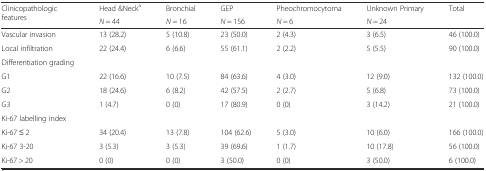
<table><thead><tr><td rowspan="2"><b>Clinicopathologic features</b></td><td><b>Head &amp;Neck<sup>a</sup></b></td><td><b>Bronchial</b></td><td><b>GEP</b></td><td><b>Pheochromocytoma</b></td><td><b>Unknown Primary</b></td><td rowspan="2"><b>Total</b></td></tr><tr><td><b><i>N</i> = 44</b></td><td><b><i>N</i> = 16</b></td><td><b><i>N</i> = 156</b></td><td><b><i>N</i> = 6</b></td><td><b><i>N</i> = 24</b></td></tr></thead><tbody><tr><td>Vascular invasion</td><td>13 (28.2)</td><td>5 (10.8)</td><td>23 (50.0)</td><td>2 (4.3)</td><td>3 (6.5)</td><td>46 (100.0)</td></tr><tr><td>Local infiltration</td><td>22 (24.4)</td><td>6 (6.6)</td><td>55 (61.1)</td><td>2 (2.2)</td><td>5 (5.5)</td><td>90 (100.0)</td></tr><tr><td>Differentiation grading</td><td>[EMPTY_CELL]</td><td>[EMPTY_CELL]</td><td>[EMPTY_CELL]</td><td>[EMPTY_CELL]</td><td>[EMPTY_CELL]</td><td>[EMPTY_CELL]</td></tr><tr><td>G1</td><td>22 (16.6)</td><td>10 (7.5)</td><td>84 (63.6)</td><td>4 (3.0)</td><td>12 (9.0)</td><td>132 (100.0)</td></tr><tr><td>G2</td><td>18 (24.6)</td><td>6 (8.2)</td><td>42 (57.5)</td><td>2 (2.7)</td><td>5 (6.8)</td><td>73 (100.0)</td></tr><tr><td>G3</td><td>1 (4.7)</td><td>0 (0)</td><td>17 (80.9)</td><td>0 (0)</td><td>3 (14.2)</td><td>21 (100.0)</td></tr><tr><td>Ki-67 labelling index</td><td>[EMPTY_CELL]</td><td>[EMPTY_CELL]</td><td>[EMPTY_CELL]</td><td>[EMPTY_CELL]</td><td>[EMPTY_CELL]</td><td>[EMPTY_CELL]</td></tr><tr><td>Ki-67 ≤ 2</td><td>34 (20.4)</td><td>13 (7.8)</td><td>104 (62.6)</td><td>5 (3.0)</td><td>10 (6.0)</td><td>166 (100.0)</td></tr><tr><td>Ki-67 3-20</td><td>3 (5.3)</td><td>3 (5.3)</td><td>39 (69.6)</td><td>1 (1.7)</td><td>10 (17.8)</td><td>56 (100.0)</td></tr><tr><td>Ki-67 &gt; 20</td><td>0 (0)</td><td>0 (0)</td><td>3 (50.0)</td><td>0 (0)</td><td>3 (50.0)</td><td>6 (100.0)</td></tr></tbody></table>